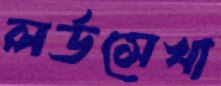
লর্ডসেখা